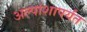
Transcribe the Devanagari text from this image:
अल्पांशापर्यंत